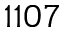
1 1 0 7